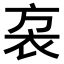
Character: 𧘩